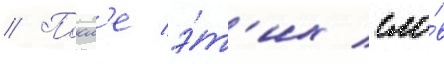
// Посл'е э́т'их сло́в